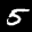
Label: 5